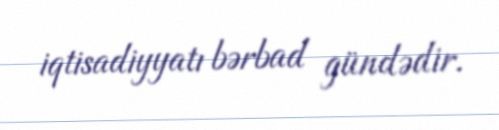
iqtisadiyyatı bərbad gündədir.